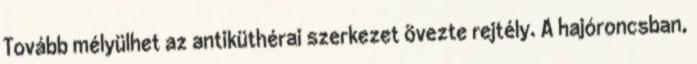
Tovább mélyülhet az antiküthérai szerkezet övezte rejtély. A hajóroncsban,